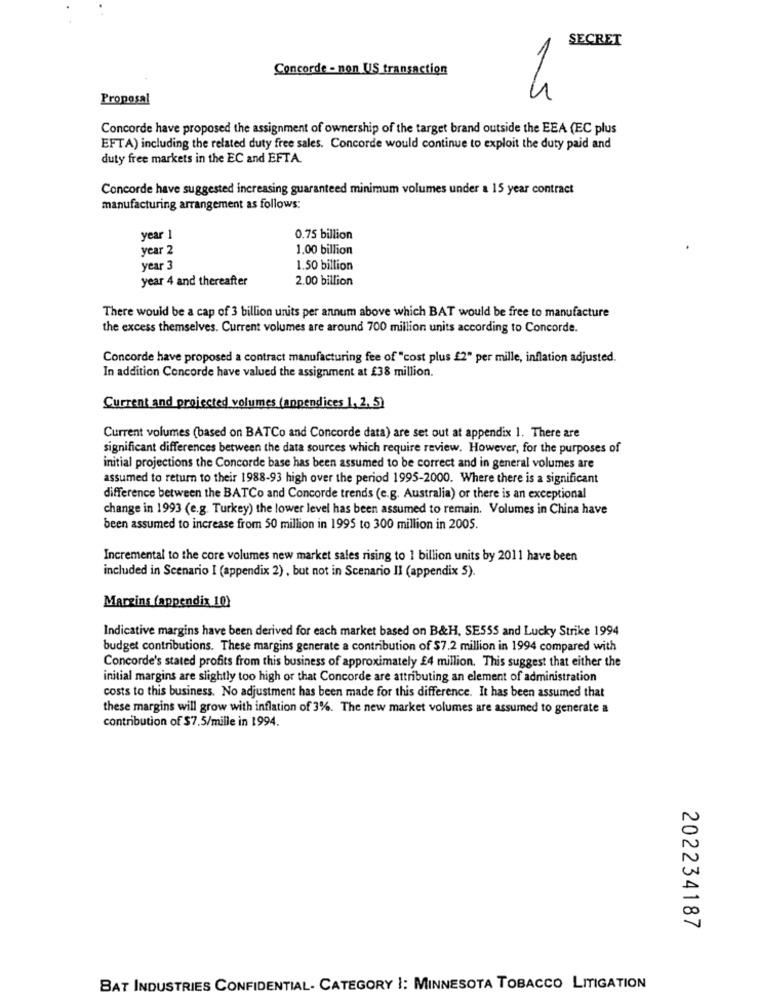
SECRET
Concorde - non US transaction
4
Proposal
Concorde have proposed the assignment of ownership of the target brand outside the EEA (EC plus
EFTA) including the related duty free sales. Concorde would continue to exploit the duty paid and
duty free markets in the EC and EFTA.
Concorde have suggested increasing guaranteed minimum volumes under a 15 year contract
manufacturing arrangement as follows:
year 1
0.75 billion
year 2
1.00 billion
year 3
1.50 billion
year 4 and thereafter
2.00 billion
There would be a cap of 3 billion units per annum above which BAT would be free to manufacture
the excess themselves. Current volumes are around 700 million units according to Concorde.
Concorde have proposed a contract manufacturing fee of "cost plus £2" per mille, inflation adjusted.
In addition Concorde have valued the assignment at £38 million.
Current and projected volumes (appendices 1, 2,5)
Current volumes (based on BATCo and Concorde data) are set out at appendix 1. There are
significant differences between the data sources which require review. However, for the purposes of
initial projections the Concorde base has been assumed to be correct and in general volumes are
assumed to return to their 1988-93 high over the period 1995-2000. Where there is a significant
difference between the BATCo and Concorde trends (e.g. Australia) or there is an exceptional
change in 1993 (e.g. Turkey) the lower level has been assumed to remain. Volumes in China have
been assumed to increase from 50 million in 1995 to 300 million in 2005.
Incremental to the core volumes new market sales rising to 1 billion units by 2011 have been
included in Scenario I (appendix 2) , but not in Scenario II (appendix 5).
Margins (appendix 10)
Indicative margins have been derived for each market based on B&H, SE555 and Lucky Strike 1994
budget contributions. These margins generate a contribution of $7.2 million in 1994 compared with
Concorde's stated profits from this business of approximately £4 million. This suggest that either the
initial margins are slightly too high or that Concorde are attributing an element of administration
costs to this business. No adjustment has been made for this difference. It has been assumed that
these margins will grow with inflation of 3%. The new market volumes are assumed to generate a
contribution of $7.5/mille in 1994.
202234187
BAT INDUSTRIES CONFIDENTIAL- CATEGORY |: MINNESOTA TOBACCO LITIGATION